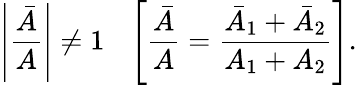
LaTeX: \left|{\frac{\bar{A}}{A}}\right|\neq 1\ \ \ \left[{\frac{\bar{A}}{A}}={\frac{\bar{A}_{1}+\bar{A}_{2}}{A_{1}+A_{2}}}\right].